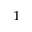
^ 1